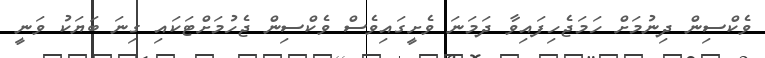
ވެކްސިން ދިނުމަށް ހަމަޖެހިފައިވާ ދަމަނަ ވެށީގައިވެސް ވެކްސިން ޖެހުމަށްޓަކައި ގިނަ ބަޔަކު ވަނީ